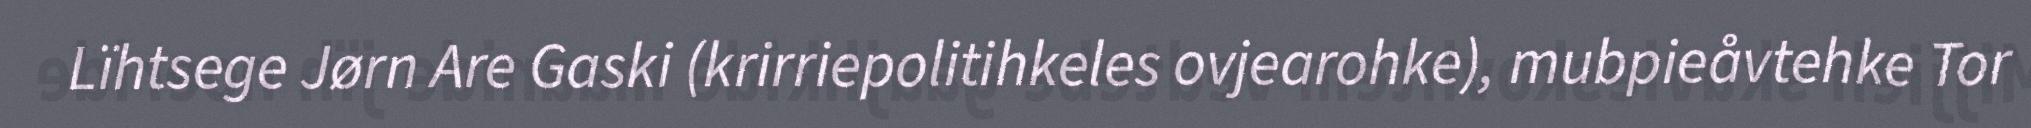
Lïhtsege Jørn Are Gaski (krirriepolitihkeles ovjearohke), mubpieåvtehke Tor